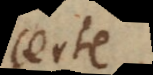
certe